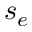
s _ { e }